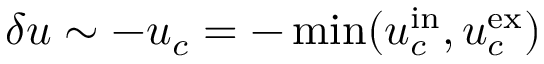
\delta u \sim - u _ { c } = - \operatorname* { m i n } ( u _ { c } ^ { \mathrm { i n } } , u _ { c } ^ { \mathrm { e x } } )